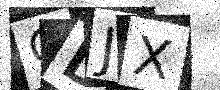
Text: CDJX